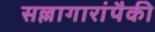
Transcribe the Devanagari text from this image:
सल्लागारांपैकी